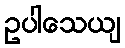
ဥပါသေယျ